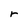
Character: r